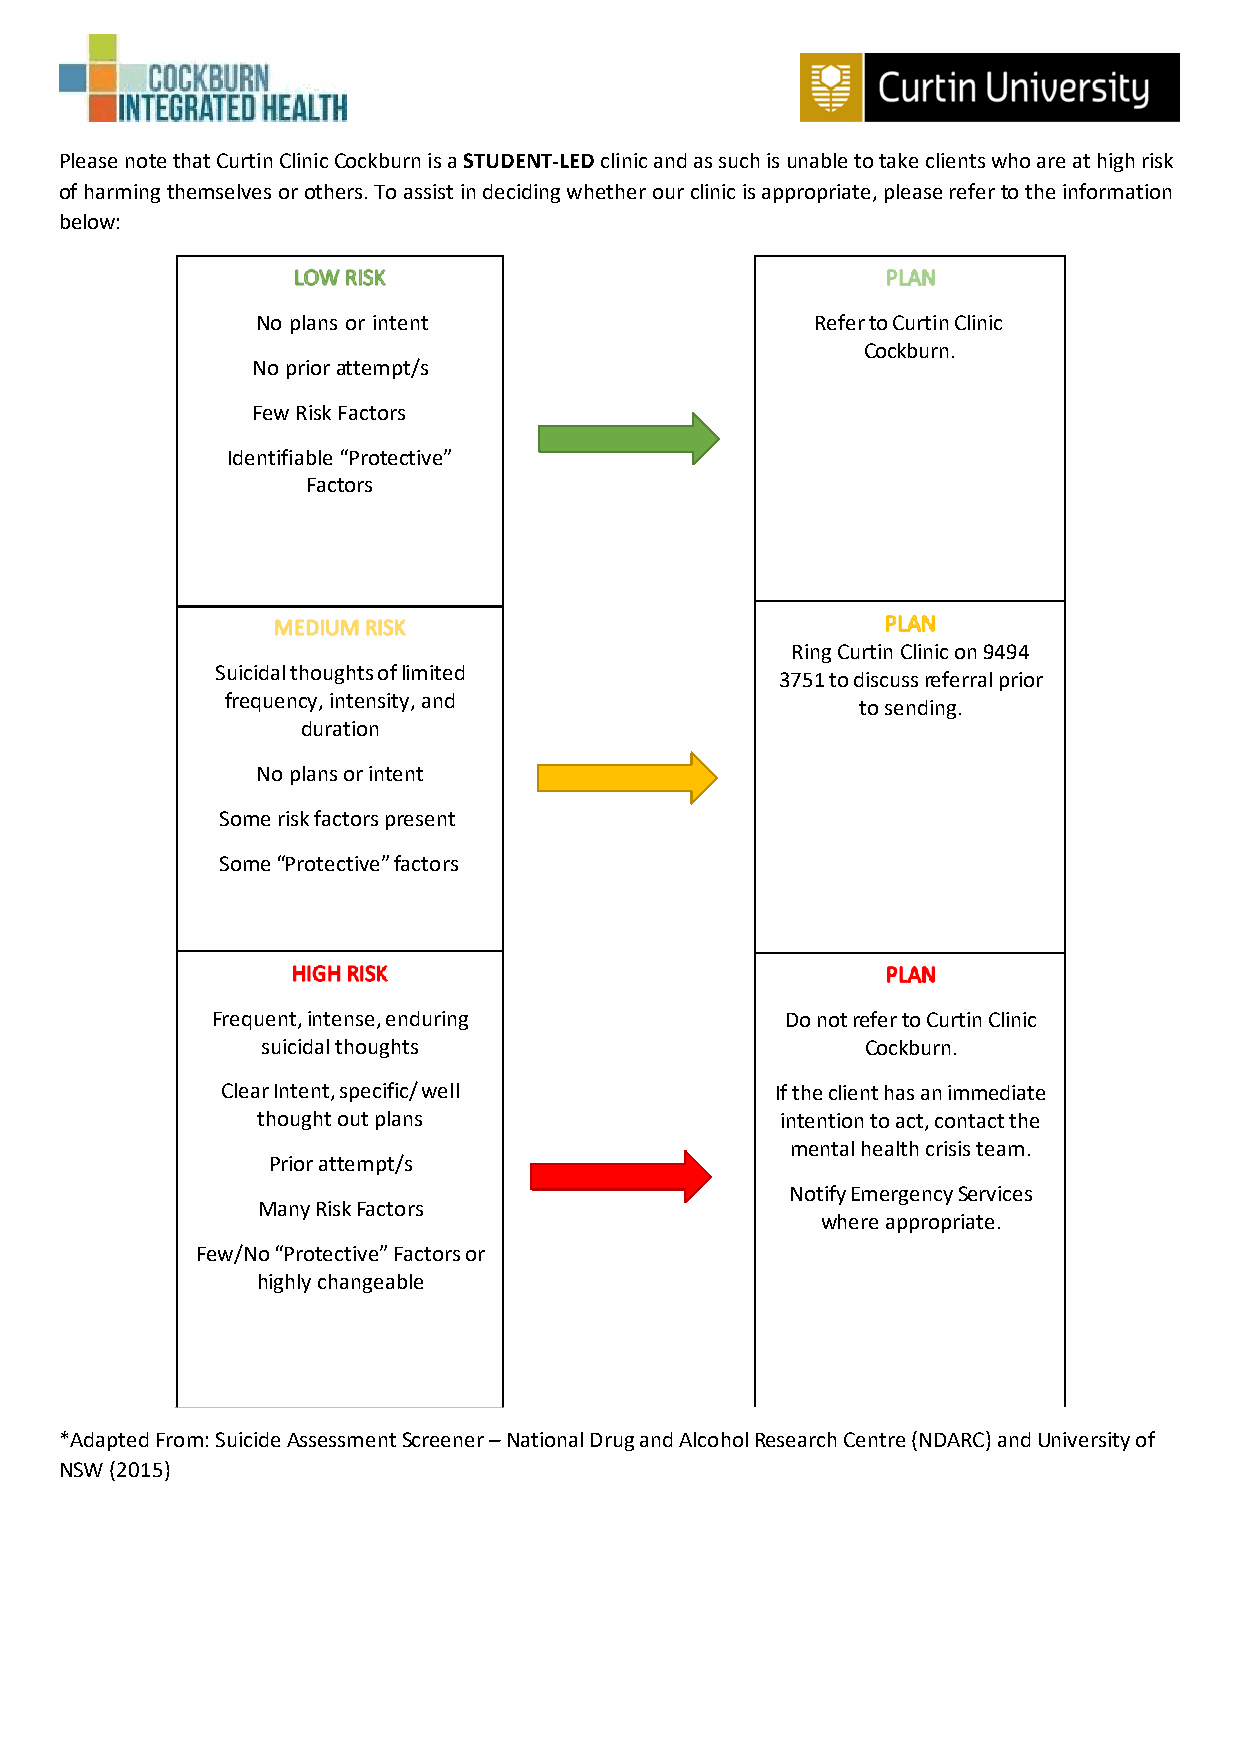
Please note that Curtin Clinic Cockburn is a STUDENT-LED clinic and as such is unable to take clients who are at high risk
 of harming themselves or others. To assist in deciding whether our clinic is appropriate, please refer to the information
 below:
 No plans or intent                   Refer to Curtin Clinic
 Cockburn.
 No prior attempt/s
 Few Risk Factors
 Identifiable “Protective”
 Factors
 Ring Curtin Clinic on 9494
 Suicidal thoughts of limited
 3751 to discuss referral prior
 frequency, intensity, and
 to sending.
 duration
 No plans or intent
 Some risk factors present
 Some “Protective” factors
 Frequent, intense, enduring           Do not refer to Curtin Clinic
 suicidal thoughts                       Cockburn.
 Clear Intent, specific/ well        If the client has an immediate
 thought out plans                  intention to act, contact the
 mental health crisis team.
 Prior attempt/s
 Notify Emergency Services
 Many Risk Factors
 where appropriate.
 Few/No “Protective” Factors or
 highly changeable
 *Adapted From: Suicide Assessment Screener – National Drug and Alcohol Research Centre (NDARC) and University of
 NSW (2015)